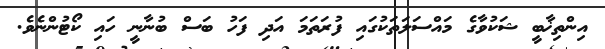
އިންތިޚާބީ ޝަކުވާގެ މައްސަލަތަކުގައި ފުރަތަމަ އަދި ފަހު ބަސް ބުނާނީ ހައި ކޯޓުންނެވެ.